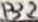
Text: P3.2